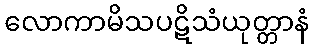
လောကာမိသပဋိသံယုတ္တာနံ